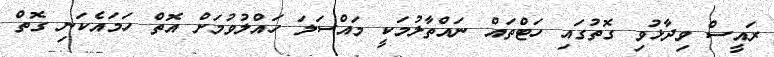
ރައީސް ވިދާޅުވި ގޮތުގައި ހަޓްތައް ނައްތާލުމަކީ މައްސަލަ ހައްލުވުމަށް އޮތް ހަމައެކަނި ގޮތް